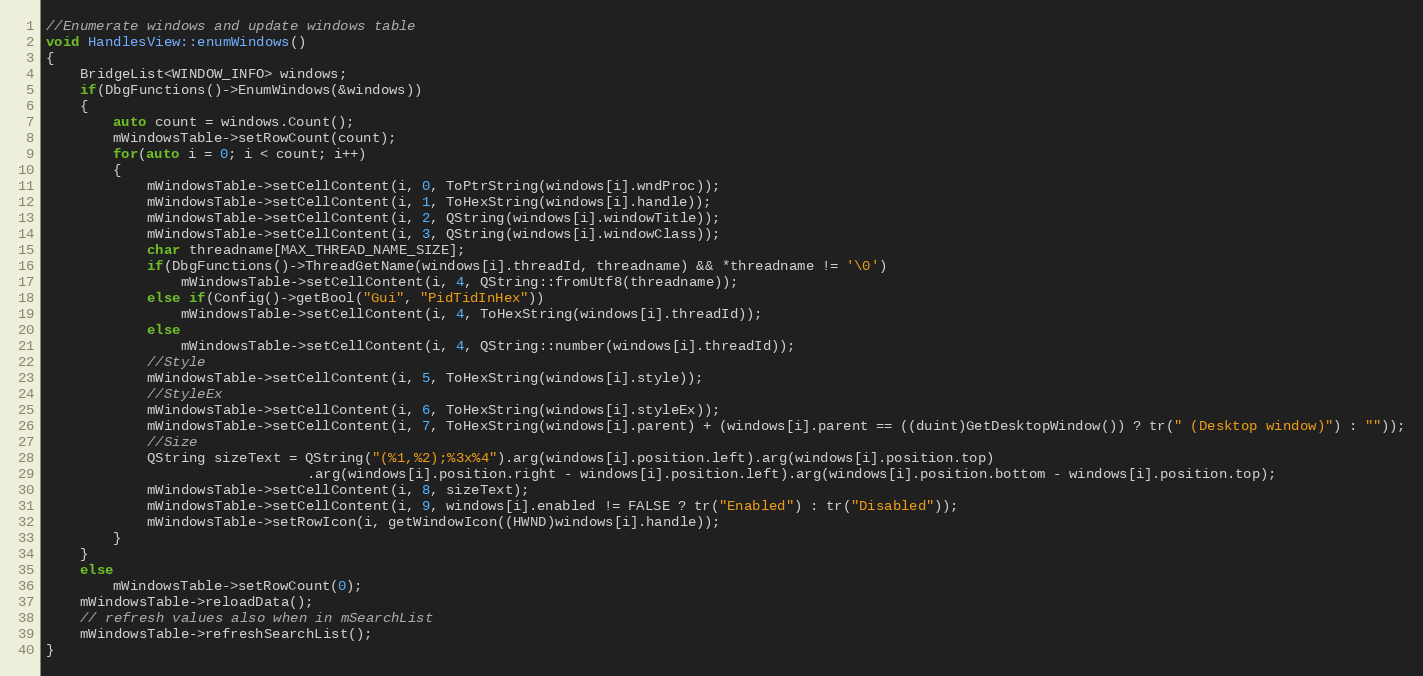
Language: C++
//Enumerate windows and update windows table
void HandlesView::enumWindows()
{
    BridgeList<WINDOW_INFO> windows;
    if(DbgFunctions()->EnumWindows(&windows))
    {
        auto count = windows.Count();
        mWindowsTable->setRowCount(count);
        for(auto i = 0; i < count; i++)
        {
            mWindowsTable->setCellContent(i, 0, ToPtrString(windows[i].wndProc));
            mWindowsTable->setCellContent(i, 1, ToHexString(windows[i].handle));
            mWindowsTable->setCellContent(i, 2, QString(windows[i].windowTitle));
            mWindowsTable->setCellContent(i, 3, QString(windows[i].windowClass));
            char threadname[MAX_THREAD_NAME_SIZE];
            if(DbgFunctions()->ThreadGetName(windows[i].threadId, threadname) && *threadname != '\0')
                mWindowsTable->setCellContent(i, 4, QString::fromUtf8(threadname));
            else if(Config()->getBool("Gui", "PidTidInHex"))
                mWindowsTable->setCellContent(i, 4, ToHexString(windows[i].threadId));
            else
                mWindowsTable->setCellContent(i, 4, QString::number(windows[i].threadId));
            //Style
            mWindowsTable->setCellContent(i, 5, ToHexString(windows[i].style));
            //StyleEx
            mWindowsTable->setCellContent(i, 6, ToHexString(windows[i].styleEx));
            mWindowsTable->setCellContent(i, 7, ToHexString(windows[i].parent) + (windows[i].parent == ((duint)GetDesktopWindow()) ? tr(" (Desktop window)") : ""));
            //Size
            QString sizeText = QString("(%1,%2);%3x%4").arg(windows[i].position.left).arg(windows[i].position.top)
                               .arg(windows[i].position.right - windows[i].position.left).arg(windows[i].position.bottom - windows[i].position.top);
            mWindowsTable->setCellContent(i, 8, sizeText);
            mWindowsTable->setCellContent(i, 9, windows[i].enabled != FALSE ? tr("Enabled") : tr("Disabled"));
            mWindowsTable->setRowIcon(i, getWindowIcon((HWND)windows[i].handle));
        }
    }
    else
        mWindowsTable->setRowCount(0);
    mWindowsTable->reloadData();
    // refresh values also when in mSearchList
    mWindowsTable->refreshSearchList();
}